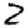
Digit: 2